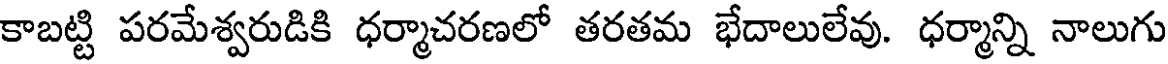
కాబట్టి పరమేశ్వరుడికి ధర్మాచరణలో తరతమ భేదాలులేవు. ధర్మాన్ని నాలుగు